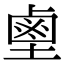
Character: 𪉖